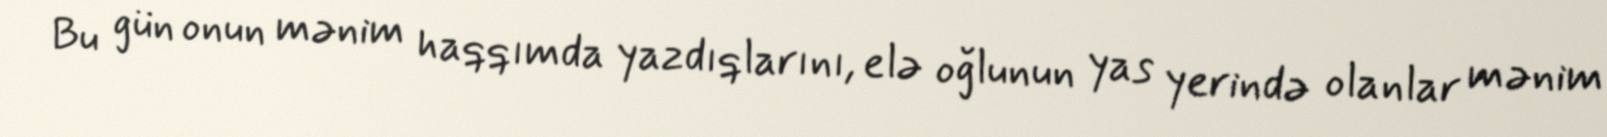
Bu gün onun mənim haqqımda yazdıqlarını, elə oğlunun yas yerində olanlar mənim